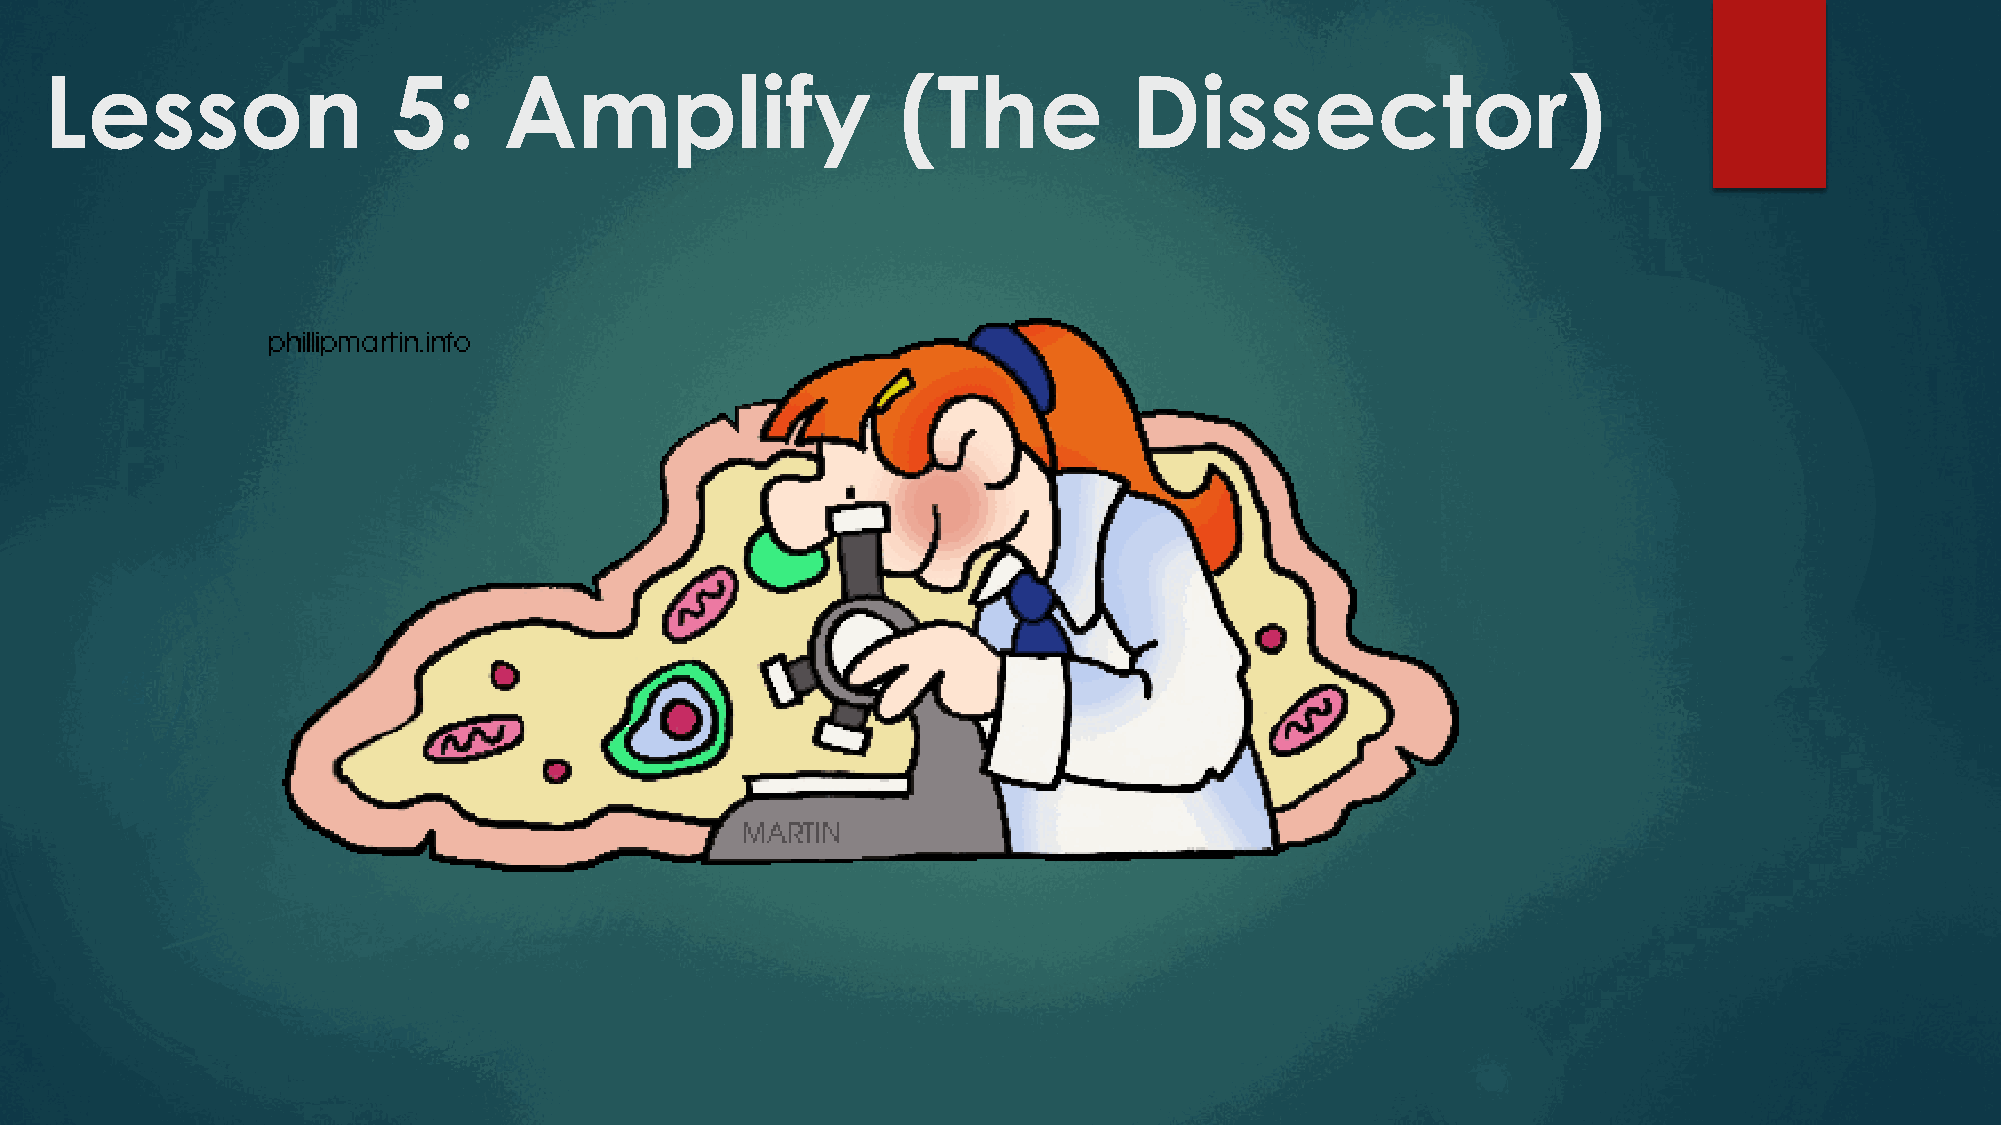
Lesson                 5:     Amplify                    (The           Dissector)